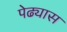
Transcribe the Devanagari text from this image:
पेढ्यास